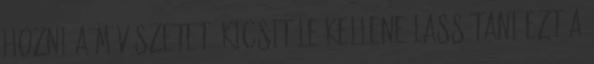
hozni a művészetet? Kicsit le kellene lassítani ezt a